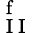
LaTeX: _\mathrm{~I~I~}^{\mathrm{~f~}}